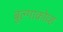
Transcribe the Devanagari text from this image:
बुल्गाकोव्ह